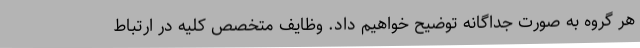
هر گروه به صورت جداگانه توضیح خواهیم داد. وظایف متخصص کلیه در ارتباط